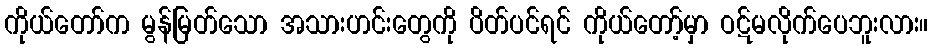
ကိုယ်တော်က မွန်မြတ်သော အသားဟင်းတွေကို ပိတ်ပင်ရင် ကိုယ်တော့်မှာ ဝဋ်မလိုက်ပေဘူးလား။